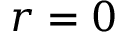
r = 0